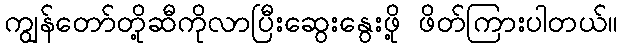
ကျွန်တော်တို့ဆီကိုလာပြီးဆွေးနွေးဖို့ ဖိတ်ကြားပါတယ်။